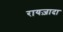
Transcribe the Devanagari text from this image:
रायज़ादा